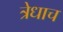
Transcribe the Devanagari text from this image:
त्रेधाच